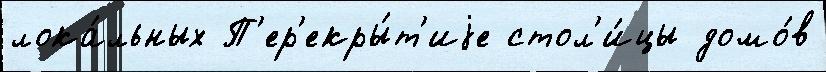
лока́льных П'ер'екры́т'иjе стол'и́цы домо́в